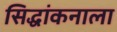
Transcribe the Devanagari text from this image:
सिद्धांकनाला